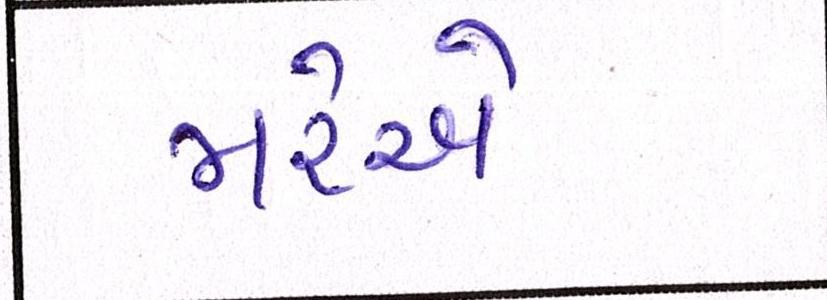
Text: મરેએ